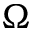
\Omega